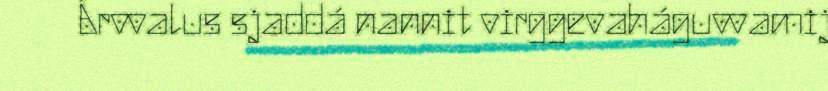
Árvvalus sjaddá nannit virggevaháguvvamij